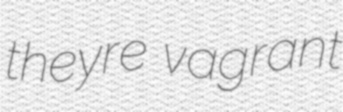
theyre vagrant